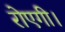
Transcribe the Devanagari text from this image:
रोएगी।